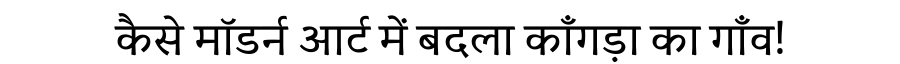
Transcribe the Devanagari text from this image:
कैसे मॉडर्न आर्ट में बदला काँगड़ा का गाँव!